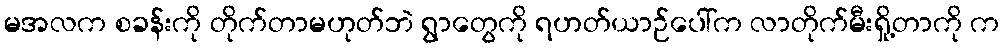
မအလက စခန်းကို တိုက်တာမဟုတ်ဘဲ ရွာတွေကို ရဟတ်ယာဉ်ပေါ်က လာတိုက်မီးရှို့တာကို က